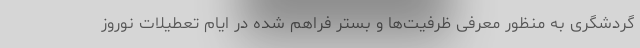
گردشگری به منظور معرفی ظرفیت‌ها و بستر فراهم شده در ایام تعطیلات نوروز